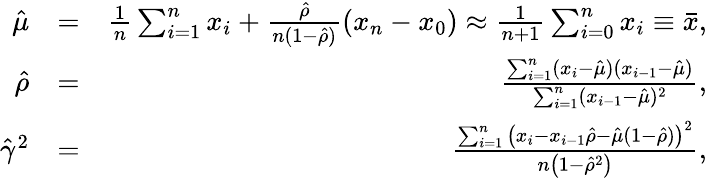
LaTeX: \begin{array}{rlr}{\hat{\mu}}&{=}&{\frac{1}{n}\sum_{i=1}^{n}x_{i}+\frac{\hat{\rho}}{n(1-\hat{\rho})}(x_{n}-x_{0})\approx\frac{1}{n+1}\sum_{i=0}^{n}x_{i}\equiv\bar{x},}\\ {\hat{\rho}}&{=}&{\frac{\sum_{i=1}^{n}(x_{i}-\hat{\mu})(x_{i-1}-\hat{\mu})}{\sum_{i=1}^{n}(x_{i-1}-\hat{\mu})^{2}},}\\ {\hat{\gamma}^{2}}&{=}&{\frac{{\sum_{i=1}^{n}\left(x_{i}-x_{i-1}\hat{\rho}-\hat{\mu}(1-\hat{\rho})\right)^{2}}}{{n\left(1-\hat{\rho}^{2}\right)}},}\end{array}